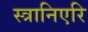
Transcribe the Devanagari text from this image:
स्त्रानिएरि